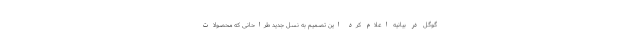
گوگل در بیانیه اعلام کرد این تصمیم به نسل جدید طراحانی که محصولات